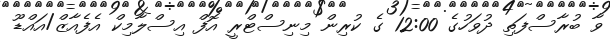
ވާ ބުރާސްފަތި ދުވަހުގެ 12:00 ގެ ކުރިން މިނިސްޓްރީ އޮފް އިސްލާމިކް އެފެއާޒް/އައްޑޫ